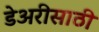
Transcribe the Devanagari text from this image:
डेअरीसाठी